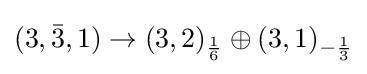
(3,{\bar {3}},1)\rightarrow (3,2)_{\frac {1}{6}}\oplus (3,1)_{-{\frac {1}{3}}}